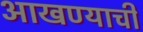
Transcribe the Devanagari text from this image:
आखण्याची